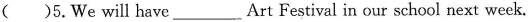
( )5.We will have___Art Festival in our school next week.